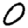
Digit: 0